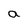
Character: a